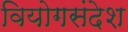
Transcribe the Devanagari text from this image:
वियोगसंदेश